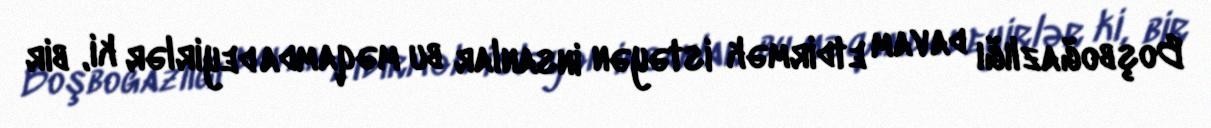
Boşboğazlığı davam etdirmək istəyən insanlar bu məqamda deyirlər ki, bir